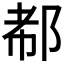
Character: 𰻪